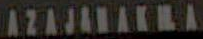
AZAJANAKNA